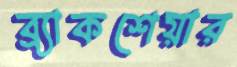
ব্র্যাকশেয়ার